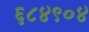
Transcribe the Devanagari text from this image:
६८४९०४